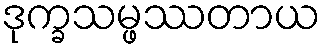
ဒုက္ခသမ္ဖဿတာယ